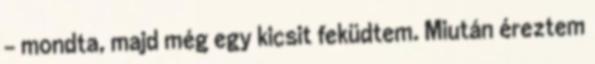
– mondta, majd még egy kicsit feküdtem. Miután éreztem